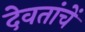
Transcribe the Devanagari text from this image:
देवतांचें